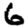
Digit: 6